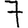
Digit: 7